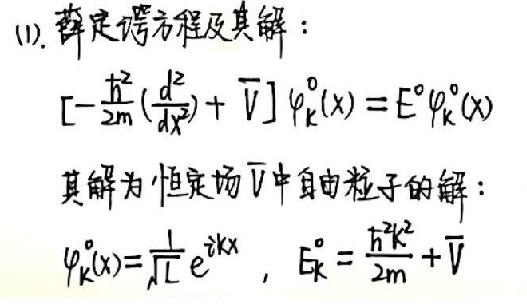
(1). 薛定谔方程及其解：
\([-\frac{\hbar^{2}}{2m}(\frac{d^{2}}{dx^{2}}) + \overline{V}]\varphi_{k}^{0}(x) = E^{0}\varphi_{k}^{0}(x)\)
其解为恒定场\(\overline{V}\)中自由粒子的解：
\(\varphi_{k}^{0}(x)=\frac{1}{\sqrt{L}}e^{ikx}\)，\(E_{k}^{0}=\frac{\hbar^{2}k^{2}}{2m}+\overline{V}\)